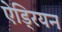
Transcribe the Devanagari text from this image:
ऐड्रियन